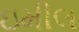
ઇમીલ